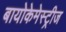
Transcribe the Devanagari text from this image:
बायोकेमेस्ट्रीज